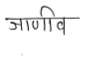
मजकूर: जाणीव